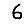
Digit: 6